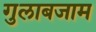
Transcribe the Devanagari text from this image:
गुलाबजाम